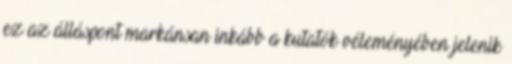
ez az álláspont markánsan inkább a kutatók véleményében jelenik